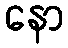
နော